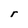
Character: r